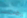
يرقات